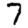
Digit: 7